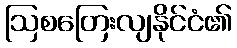
ဩစတြေးလျနိုင်ငံ၏